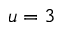
u = 3